Investigations on Bengal jail dietaries - Number 37
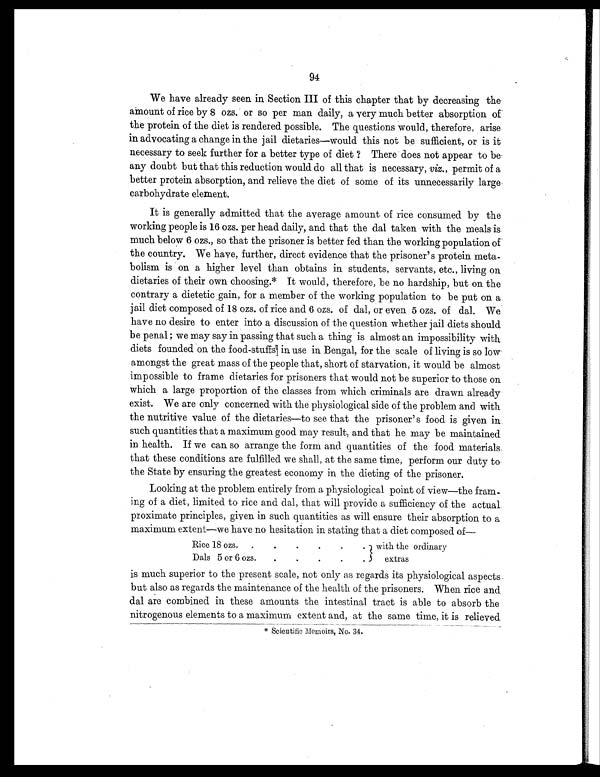
94
We have already seen in Section III of this chapter that by decreasing the
amount of rice by 8 ozs. or so per man daily, a very much better absorption of
the protein of the diet is rendered possible. The questions would, therefore, arise
in advocating a change in the jail dietaries—would this not be sufficient, or is it
necessary to seek further for a better type of diet? There does not appear to be
any doubt but that this reduction would do all that is necessary, viz., permit of a
better protein absorption, and relieve the diet of some of its unnecessarily large
carbohydrate element.
It is generally admitted that the average amount of rice consumed by the
working people is 16 ozs. per head daily, and that the dal taken with the meals is
much below 6 ozs., so that the prisoner is better fed than the working population of
the country. We have, further, direct evidence that the prisoner's protein meta-
bolism is on a higher level than obtains in students, servants, etc., living on
dietaries of their own choosing.* It would, therefore, be no hardship, but on the
contrary a dietetic gain, for a member of the working population to be put on a
jail diet composed of 18 ozs. of rice and 6 ozs. of dal, or even 5 ozs. of dal. We
have no desire to enter into a discussion of the question whether jail diets should
be penal ; we may say in passing that such a thing is almost an impossibility with
diets founded on the food-stuffs in use in Bengal, for the scale of living is so low
amongst the great mass of the people that, short of starvation, it would be almost
impossible to frame dietaries for prisoners that would not be superior to those on
which a large proportion of the classes from which criminals are drawn already
exist. We are only concerned with the physiological side of the problem and with
the nutritive value of the dietaries—to see that the prisoner's food is given in
such quantities that a maximum good may result, and that he may be maintained
in health. If we can so arrange the form and quantities of the food materials
that these conditions are fulfilled we shall, at the same time, perform our duty to
the State by ensuring the greatest economy in the dieting of the prisoner.
Looking at the problem entirely from a physiological point of view—the fram-
ing of a diet, limited to rice and dal, that will provide a sufficiency of the actual
proximate principles, given in such quantities as will ensure their absorption to a
maximum extent—we have no hesitation in stating that a diet composed of—
Rice 18 ozs.
.
.
. .
.
. with the ordinary
Dals 5 or 6 ozs.
.
.
.
.
. 5
extras
is much superior to the present scale, not only as regards its physiological aspects
but also as regards the maintenance of the health of the prisoners. When rice and
dal are combined in these amounts the intestinal tract is able to absorb the
nitrogenous elements to a maximum extent and, at the same time, it is relieved
* Scientific Memoirs, No. 34.